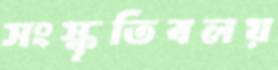
সংস্কৃতিবলয়